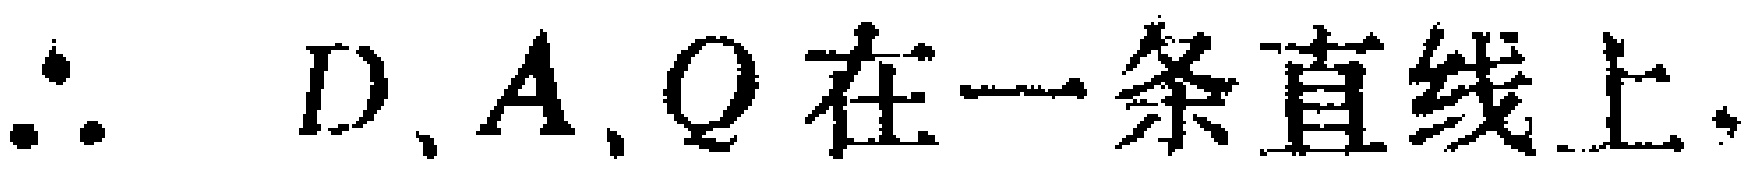
\(\therefore D、A、Q在一条直线上.\)